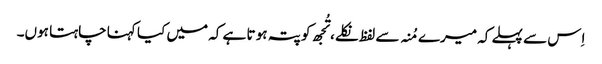
اِس سے پہلے کہ میرے مُنہ سے لفظ نکلے، تُجھ کو پتہ ہو تا ہے کہ میں کیا کہنا چاہتا ہوں۔